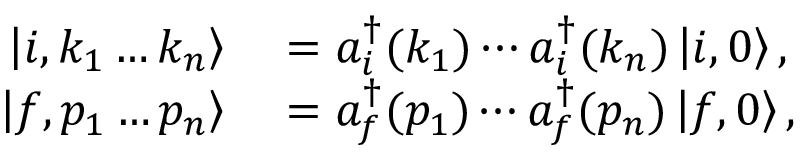
\begin{array} { r l } { \left| i , k _ { 1 } \ldots k _ { n } \right\rangle } & { { } = a _ { i } ^ { \dagger } ( k _ { 1 } ) \cdots a _ { i } ^ { \dagger } ( k _ { n } ) \left| i , 0 \right\rangle , } \\ { \left| f , p _ { 1 } \ldots p _ { n } \right\rangle } & { { } = a _ { f } ^ { \dagger } ( p _ { 1 } ) \cdots a _ { f } ^ { \dagger } ( p _ { n } ) \left| f , 0 \right\rangle , } \end{array}